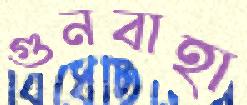
গুনবাহা